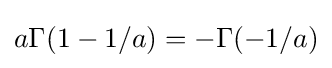
a\Gamma (1-1/a)=-\Gamma (-1/a)